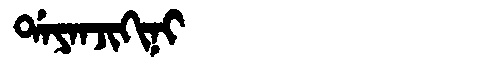
Manchu: ᡩᠠᠶᠠᠨᠵᡳᡴᡳᠨᡳ
Romanization: DAYANJIKINI